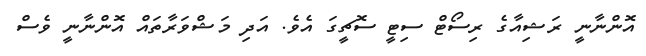
އޮންނާނީ ރަޝިއާގެ ރިސޯޓް ސިޓީ ސޮޗީގަ އެވެ. އަދި މަޝްވަރާތައް އޮންނާނީ ވެސް